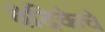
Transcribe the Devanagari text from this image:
वेदिकेचे